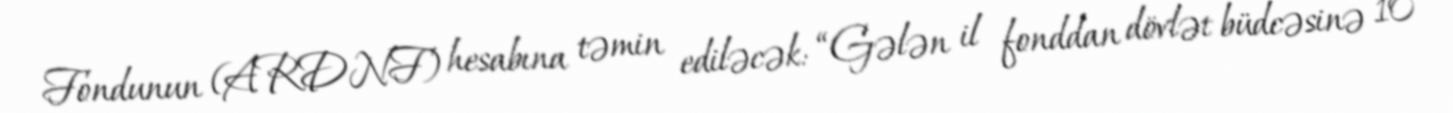
Fondunun (ARDNF) hesabına təmin ediləcək: “Gələn il fonddan dövlət büdcəsinə 10